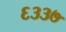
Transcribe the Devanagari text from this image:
६३३७